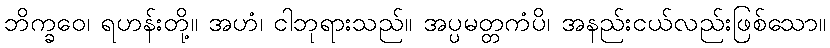
ဘိက္ခဝေ၊ ရဟန်းတို့။ အဟံ၊ ငါဘုရားသည်။ အပ္ပမတ္တကံပိ၊ အနည်းငယ်လည်းဖြစ်သော။